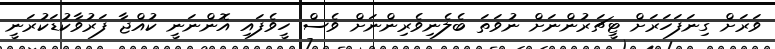
ވަރަށް ގިނަފަހަރަށް ޓީޗަރުންނަށް ނުވަތަ ބެލެނިވެރިންނަށް ވެސް ހީވެފައި އޮންނަނީ ކުއްޖާ ފަރުވާކުޑަކުރަނީ